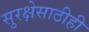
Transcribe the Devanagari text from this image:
सुरक्षेसाठीही